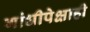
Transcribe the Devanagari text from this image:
गांधीपेक्षाही